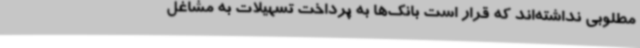
مطلوبی نداشته‌اند که قرار است بانک‌ها به پرداخت تسهیلات به مشاغل